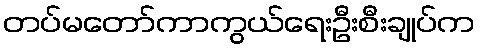
တပ်မတော်ကာကွယ်ရေးဦးစီးချုပ်က